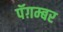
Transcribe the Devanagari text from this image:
पॅग़म्बर